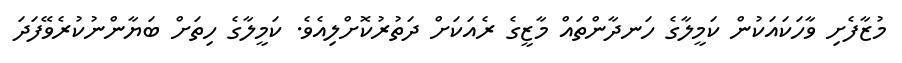
މުޒާފެށި ވާހަކައަކުން ކަމީލާގެ ހަނދާންތައް މާޒީގެ ރެއަކަށް ދަތުރުކޮށްލިއެވެ. ކަމީލާގެ ހިތަށް ބަޔާންނުކުރެވޭފަދަ